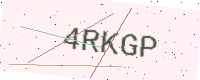
Text: 4RKGP